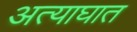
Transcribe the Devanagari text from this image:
अत्याघात